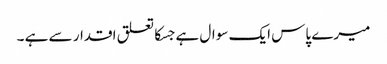
میرے پاس ایک سوال ہے جسکا تعلق اقدار سے ہے ۔